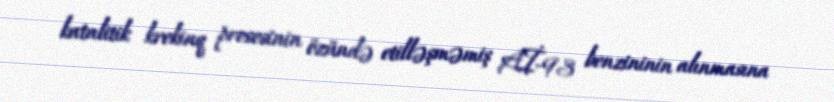
katalitik krekinq prosesinin özündə etilləşməmiş Aİ-93 benzininin alınmasına